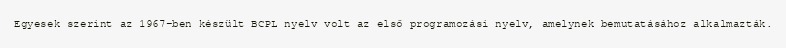
Egyesek szerint az 1967-ben készült BCPL nyelv volt az első programozási nyelv, amelynek bemutatásához alkalmazták.